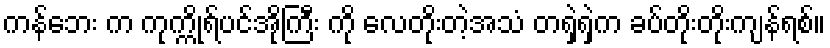
ကန်ဘေး က ကုက္ကိုရ်ပင်အိုကြီး ကို လေတိုးတဲ့အသံ တရှဲရှဲက ခပ်တိုးတိုးကျန်ရစ်။